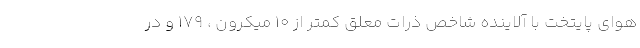
هوای پایتخت با آلاینده شاخص ذرات معلق کمتر از ۱۰ میکرون ، ۱۷۹ و در